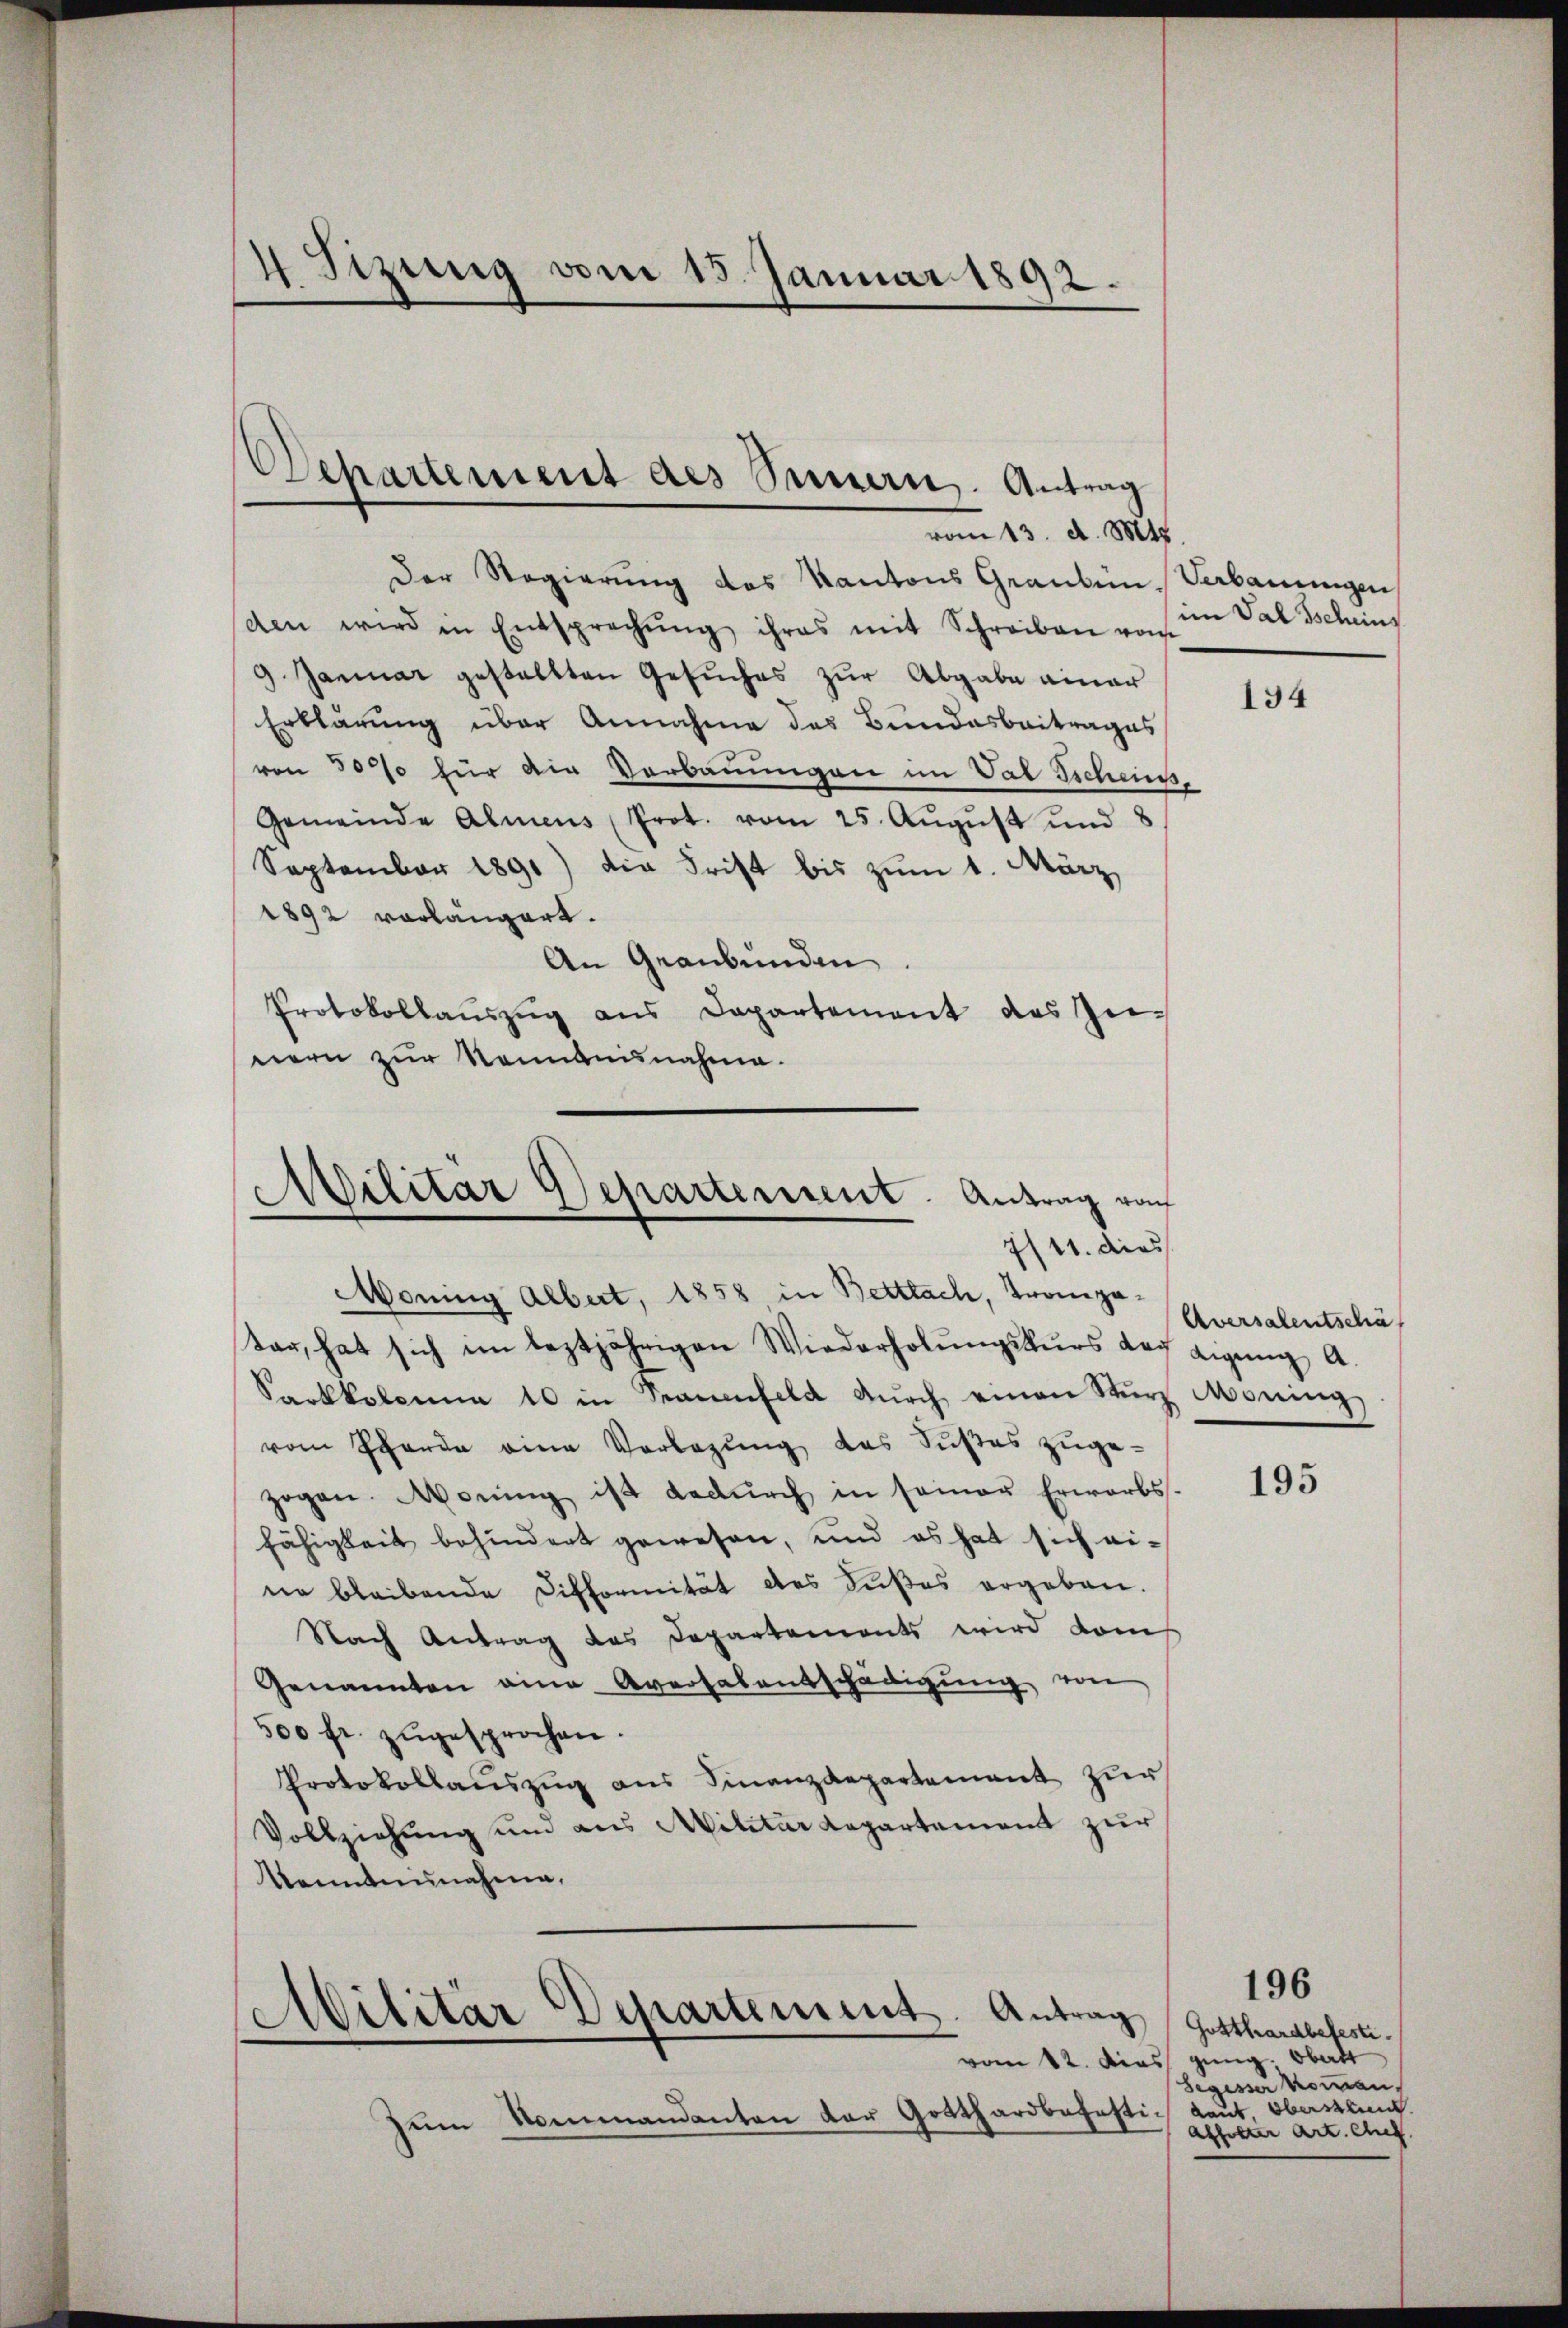
4 Sizung vom 15. Januar 1892.

Der Regierung des Kantons Grauben. Verbauungen
(den wird in Entsprechŭng ihres mit Schreiben vom
9. Januar gestaltten Gesuches zur Abgabe einer
Erklärung über Annahme des Bundesbeitrages
von 30% für die Verbauungen im Vat Sichens,
Gemeinde Almens Prot. vom 25. August und 8
September 1891) die Frist bis zum 1. März,
1892 vorlängert.
An Graubünden.
Protokollaŭszŭg ans Departement des Genern zur Kenntnisnahme.

Dehartement des Sinnern. Antrag
vom 13. d. Mts.

Militär Departement. Antrag von
7/11. dies

Moning Albert, 1858 in Bettlach, Trompatar, hat sich im leztjährigen Wiederholŭngskŭrs der Ligŭng A.
Sarkkolonia 10 in Frauenfeld dŭrch einen Stŭrz Moning
vom Pferde eine Vorlegŭng des Süßes zuge-
zogen. Worŭng ist dadŭrch in seiner Erwerbs-
fähigkeit behindert gewesen, und es hat sich ei-
ne bleibende Difformität des Süßes ergeben.
Nach Antrag des Departements wird dam
Genannten eine Aversalentschädigung von
500 fr. zugesprochen.
Protokollaŭszŭg ans Finanzdepartement zŭr
Vollziehung und aus Militar Repartement zur
Kenntnisnahme.

Militär Departement. Antrag

zum Nommandanten der Gotthardbahnstich laut. Oberstland.

im Tal Tscheins

134

Aversalentschäf

195

Gotthardbefeste.
vom 12. Dies ging. Oberst
Segesser Komman
Affolter Art. Chef

196